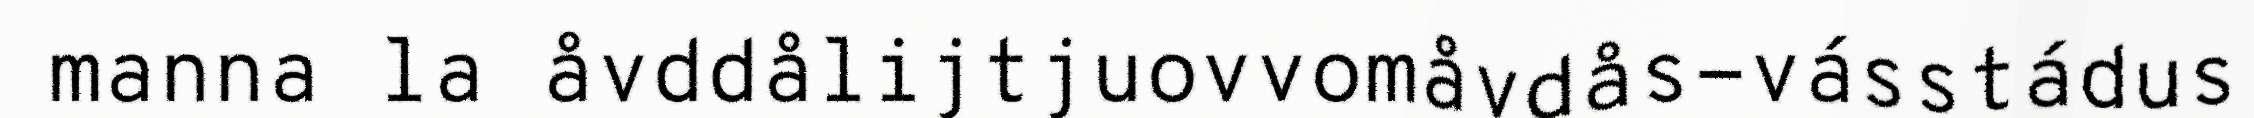
manna la åvddålijtjuovvomåvdås-vásstádus